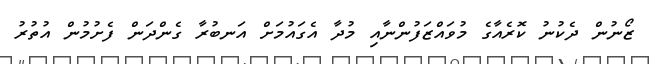
ޒޯނުން ދެކުނު ކޮރެއާގެ މުވައްޒަފުންނާއި މުދާ އެގައުމަށް އަނބުރާ ގެންދަން ފެށުމުން އުތުރު